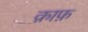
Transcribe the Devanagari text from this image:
क़ाफ़